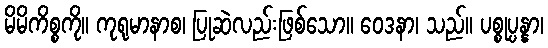
မိမိကိစ္စကို။ ကုရုမာနာစ၊ ပြုဆဲလည်းဖြစ်သော။ ဝေဒနာ၊ သည်။ ပစ္စုပ္ပန္နာ၊